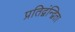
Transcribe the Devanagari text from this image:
प्रतिद्वंन्द्विता